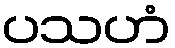
ပသဟံ